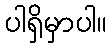
ပါရှိမှာပါ။